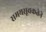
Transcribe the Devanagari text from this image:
समयसूचकतेने